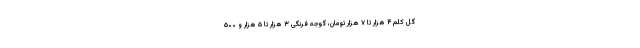
گل کلم ۴ هزار تا ۷ هزار تومان، گوجه فرنگی ۳ هزار تا ۵ هزار و ۵۰۰